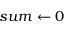
s u m \gets 0